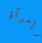
وإمرأة